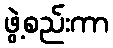
ဖွဲ့စည်းကာ